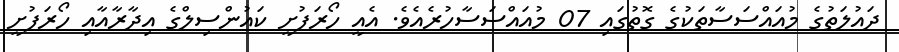
ދައުލަތުގެ މުއައްސަސާތަކުގެ ގޮތުގައި 07 މުއައްސަސާހުރެއެވެ. އެއީ ހޯރަފުށީ ކައުންސިލްގެ އިދާރާއާއި ހޯރަފުށީ